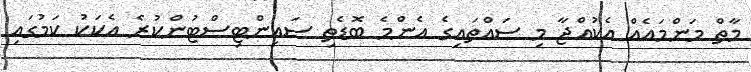
މާތް މަންމައެއް އެކުއްޖާ މި ސައްތައިގެ އެންމެ ބޮޑެތި ސައިންޓިސްޓުންކުރެ އެކަކު ކަމުގައި